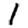
Digit: 1